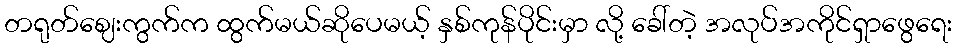
တရုတ်ဈေးကွက်က ထွက်မယ်ဆိုပေမယ့် နှစ်ကုန်ပိုင်းမှာ လို့ ခေါ်တဲ့ အလုပ်အကိုင်ရှာဖွေရေး